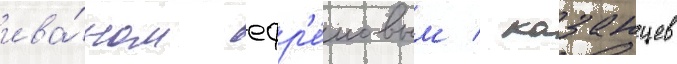
ива́ном ефр'е́мовым / казанцев